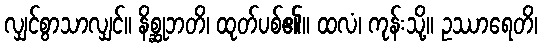
လျှင်စွာသာလျှင်။ နိစ္ဆုဘတိ၊ ထုတ်ပစ်၏။ ထလံ၊ ကုန်းသို့။ ဥဿာရေတိ၊